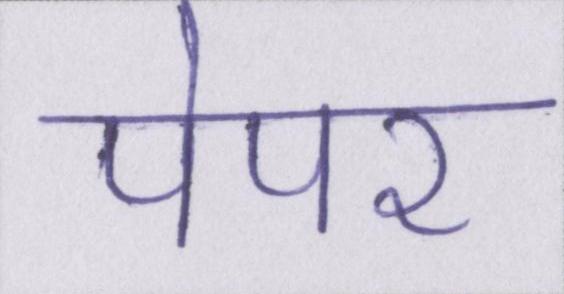
पेपर